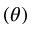
\left( \theta \right)